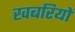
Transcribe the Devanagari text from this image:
खबरियों